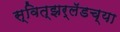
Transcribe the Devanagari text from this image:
स्वित्झर्लॅडच्या